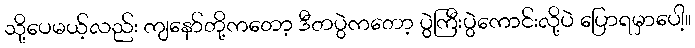
သို့ပေမယ့်လည်း ကျနော်တို့ကတော့ ဒီတပွဲကတော့ ပွဲကြီးပွဲကောင်းလို့ပဲ ပြောရမှာပေါ့။